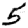
Digit: 5